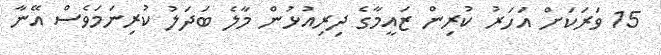
15 ވަރަކަށް އަހަރު ކުރިން ޒައީމާގެ ދިރިއުޅުން މާލެ ބަދަލު ކުރިނަމަވެސް އޭނާ